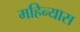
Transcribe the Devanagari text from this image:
महिन्यास